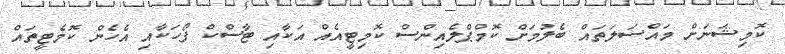
ކޮމިޝަނަށް މައްސަލަތައް ބެލުމަށް ކޮމްޕްލެއިންސް ކޮމިޓީއެއް އަކާއި ޓާސްކް ފޯހަކާއި އެހެން ކޮމެޓީތައް